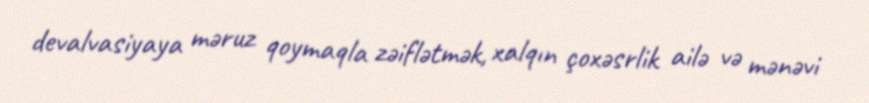
devalvasiyaya məruz qoymaqla zəiflətmək, xalqın çoxəsrlik ailə və mənəvi